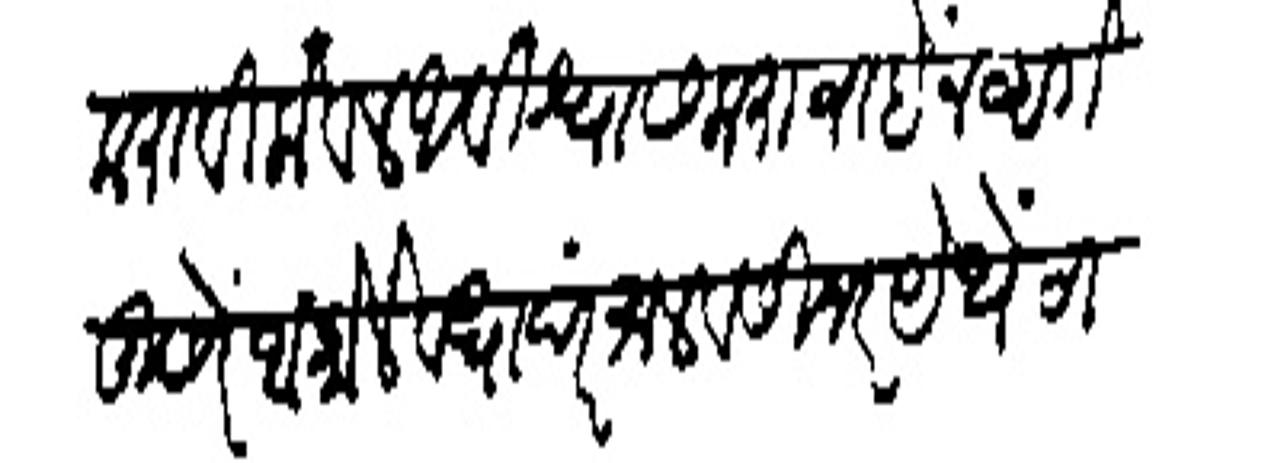
Transliteration (Devanagari): करावी केवल अविश्वास करावा हैं नव्हते दुसरे आकोले व धांदरमाल व सिनर येथें ठाणियाबदल